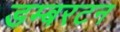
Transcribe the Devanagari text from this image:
डम्बरटन